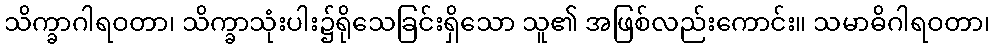
သိက္ခာဂါရဝတာ၊ သိက္ခာသုံးပါး၌ရိုသေခြင်းရှိသော သူ၏ အဖြစ်လည်းကောင်း။ သမာဓိဂါရဝတာ၊